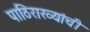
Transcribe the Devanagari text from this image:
पाठिराख्यांची